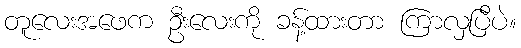
တူလေးအဖေက ဦးလေးကို ခန့်ထားတာ ကြာလှပြီပဲ။